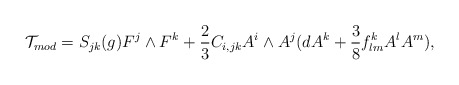
\begin{align*}{\cal T}_{mod}=S_{jk}(g){F}^j\wedge{F}^k+\frac{2}{3}C_{i,jk}A^i\wedge A^j(dA^k+\frac{3}{8}f^k_{lm}A^lA^m), \end{align*}